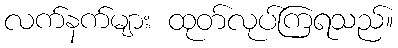
လက်နက်များ ထုတ်လုပ်ကြရသည်။